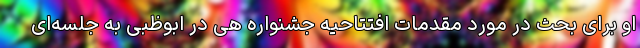
او برای بحث در مورد مقدمات افتتاحیه جشنواره هی در ابوظبی به جلسه‌ای